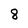
Character: 8